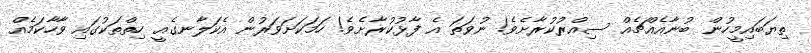
ތިޔަބައިމީހުން ބުނާއެއްޗެއް ސިއްރުކުރާށެވެ! ނުވަތަ އެ ފާޅުކުރާށެވެ! ހަމަކަށަވަރުން އެކަލާނގެއީ ހިތްތަކުގައި ވާހާކަމެއް